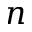
n